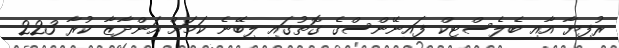
ރުފިޔާ އާއި ބެލެސްޓިކް ފައިނޭންސްގެ ގޮތުގައި ލިބޭނެ ކަމަށް އަންދާޒާ ކުރާ 223